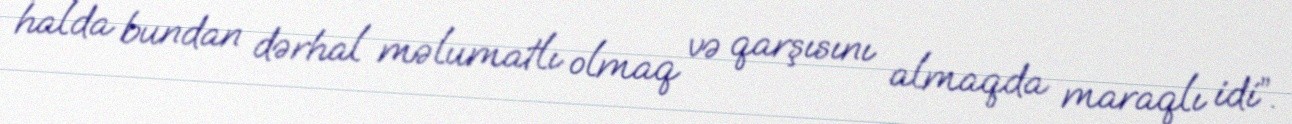
halda bundan dərhal məlumatlı olmaq və qarşısını almaqda maraqlı idi”.